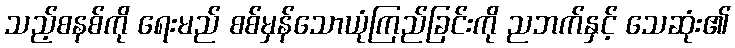
သည့်စနစ်ကို ရေးမည် စစ်မှန်သောယုံကြည်ခြင်းကို ညဘက်နှင့် သေဆုံး၏